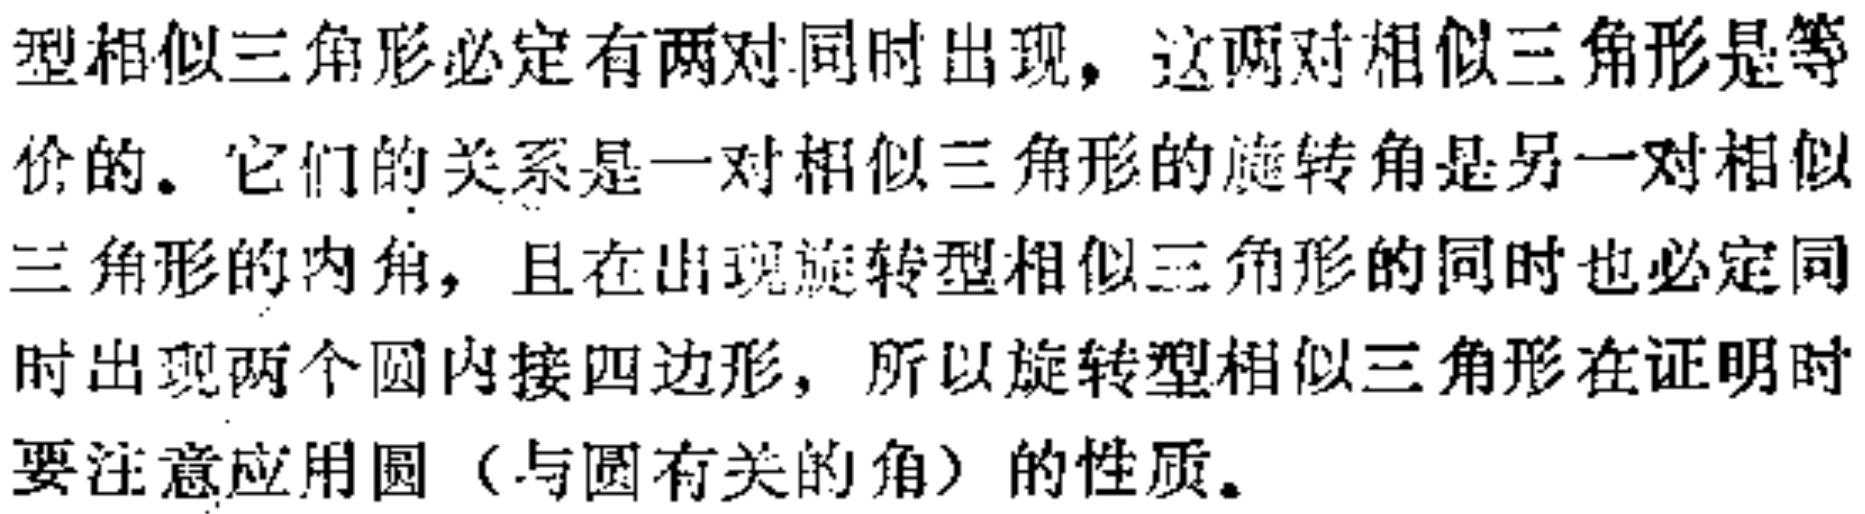
型相似三角形必定有两对同时出现，这两对相似三角形是等价的。它们的关系是一对相似三角形的旋转角是另一对相似三角形的内角，且在出现旋转型相似三角形的同时也必定同时出现两个圆内接四边形，所以旋转型相似三角形在证明时要注意应用圆（与圆有关的角）的性质。